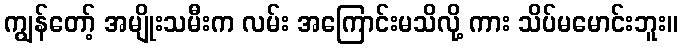
ကျွန်တော့် အမျိုးသမီးက လမ်း အကြောင်းမသိလို့ ကား သိပ်မမောင်းဘူး။